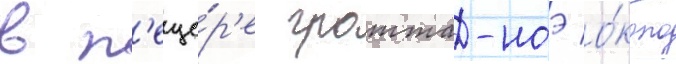
в п'еще́р'е гротта-ноэ о́коло